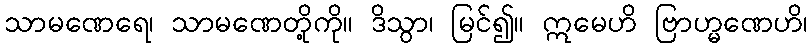
သာမဏေရေ၊ သာမဏေတို့ကို။ ဒိသွာ၊ မြင်၍။ ဣမေဟိ ဗြာဟ္မဏေဟိ၊